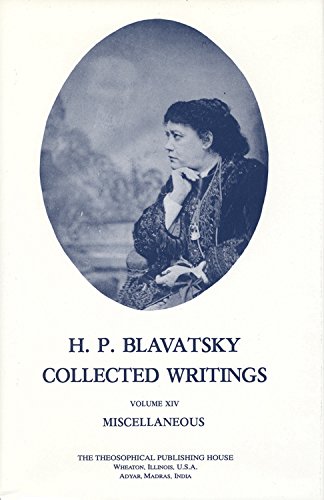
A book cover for H. P. Blavatsky: Collected Writings, 14 (Miscellaneous); Helena Petrovna Blavatsky; Religion & Spirituality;